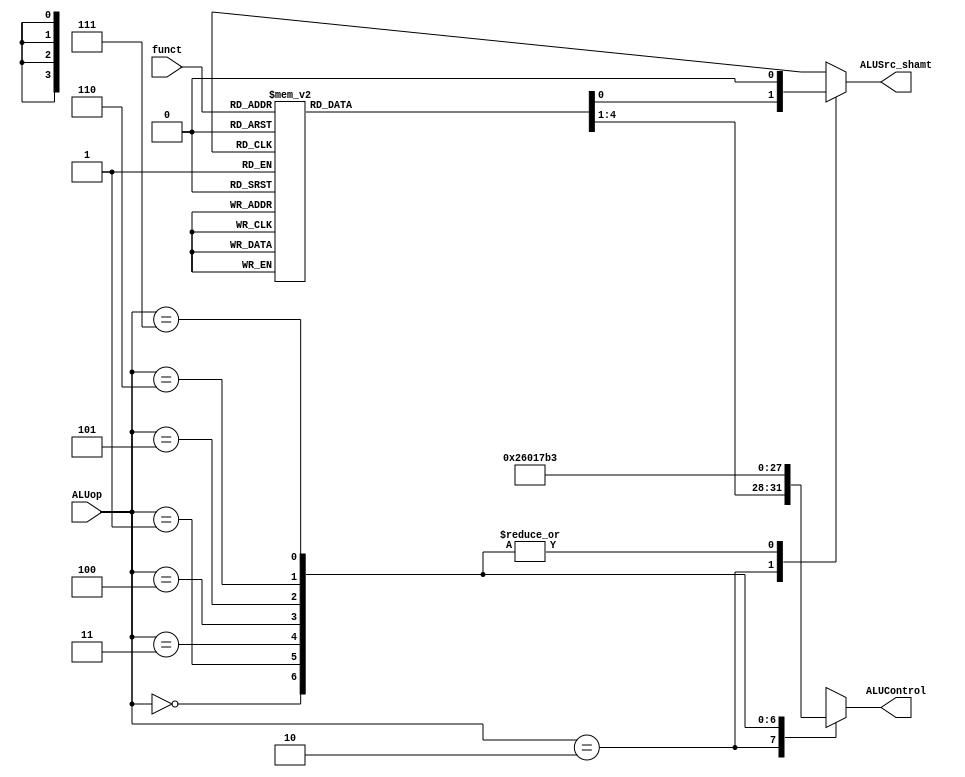
`timescale 1ns / 1ps
//////////////////////////////////////////////////////////////////////////////////
// Company: 
// Engineer: 
// 
// Design Name: 
// Module Name:    ALUControl 
// Project Name: 
// Target Devices: 
// Tool versions: 
// Description: 
//
// Dependencies: 
//
// Revision: 
// Revision 0.01 - File Created
// Additional Comments: 
//
//////////////////////////////////////////////////////////////////////////////////
module ALUcontrol(
	input [2:0] ALUop,
	input [5:0] funct,
	output reg [3:0] ALUControl,
	output reg ALUSrc_shamt
    );
always@(*)
begin
	ALUSrc_shamt = 0;
	case(ALUop)
		3'b010:
		begin
		case(funct)
		6'b100000: ALUControl = 4'b0010;//add
		6'b100001: ALUControl = 4'b0010;//addu
		6'b100010: ALUControl = 4'b0110;//sub
		6'b100011: ALUControl = 4'b0110;//subu
		6'b100100: ALUControl = 4'b0000;//and
		6'b100101: ALUControl = 4'b0001;//or
		6'b100111: ALUControl = 4'b1100;//nor
		6'b100011: ALUControl = 4'b0111;//xor
		6'b000000: begin//sll
		ALUSrc_shamt = 1;
		ALUControl = 4'b1000;
		end
		6'b000100: ALUControl = 4'b1000;//sllv
		6'b000010: begin//srl
		ALUSrc_shamt = 1;
		ALUControl = 4'b1001;
		end
		6'b000110: ALUControl = 4'b1001;//srlv
		6'b000011: begin//sra
		ALUSrc_shamt = 1;
		ALUControl = 4'b1010;
		end
		6'b000111: ALUControl = 4'b1010;//srav
		6'b101100: ALUControl = 4'b0011;//slt
		6'b101101: ALUControl = 4'b0011;//sltu
		6'b001000: ALUControl = 4'b0010;//jr
		
		default: ALUControl = 4'b1111;
		endcase
		end
		
		3'b000: ALUControl = 4'b0010;//add
		3'b001: ALUControl = 4'b0110;//sub
		3'b011: ALUControl = 4'b0000;//and
		3'b100: ALUControl = 4'b0001;//or
		3'b101: ALUControl = 4'b0111;//xor
		3'b110: ALUControl = 4'b1011;//lui
		3'b111: ALUControl = 4'b0011;//slt
		default:;
	endcase
end
endmodule